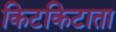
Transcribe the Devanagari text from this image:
किटकिटाता